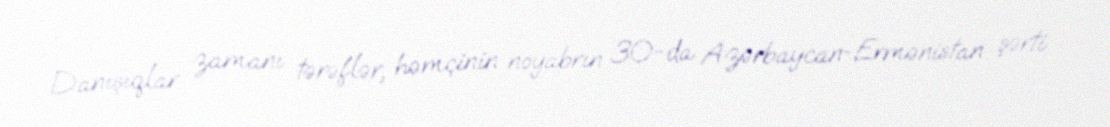
Danışıqlar zamanı tərəflər, həmçinin noyabrın 30-da Azərbaycan-Ermənistan şərti